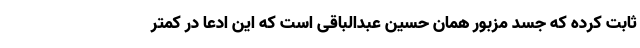
ثابت کرده که جسد مزبور همان حسین عبدالباقی است که این ادعا در کمتر